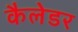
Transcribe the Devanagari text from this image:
कैलेडर